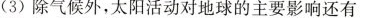
(3)除气候外，太阳活动对地球的主要影响还有